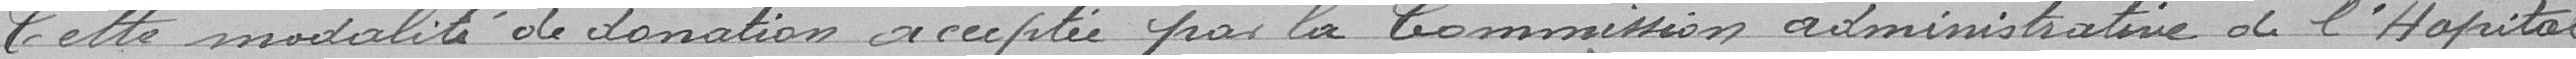
Cette modalité de donation acceptée par la Commission administrative de l'Hôpital